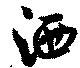
洒